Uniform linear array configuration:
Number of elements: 4
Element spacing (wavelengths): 0.75
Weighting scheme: uniform
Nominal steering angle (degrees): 0
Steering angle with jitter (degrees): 1.545
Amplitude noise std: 0.05
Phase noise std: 0.05

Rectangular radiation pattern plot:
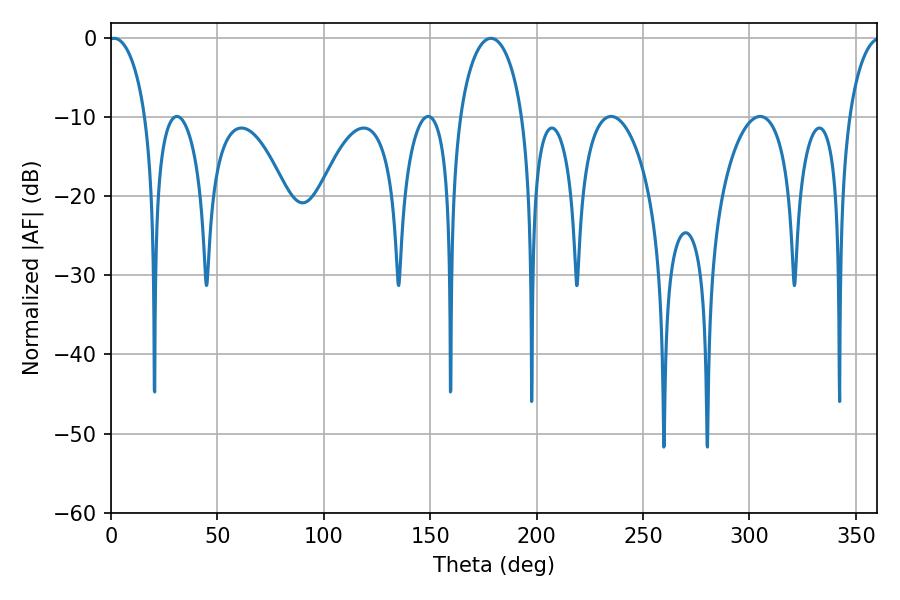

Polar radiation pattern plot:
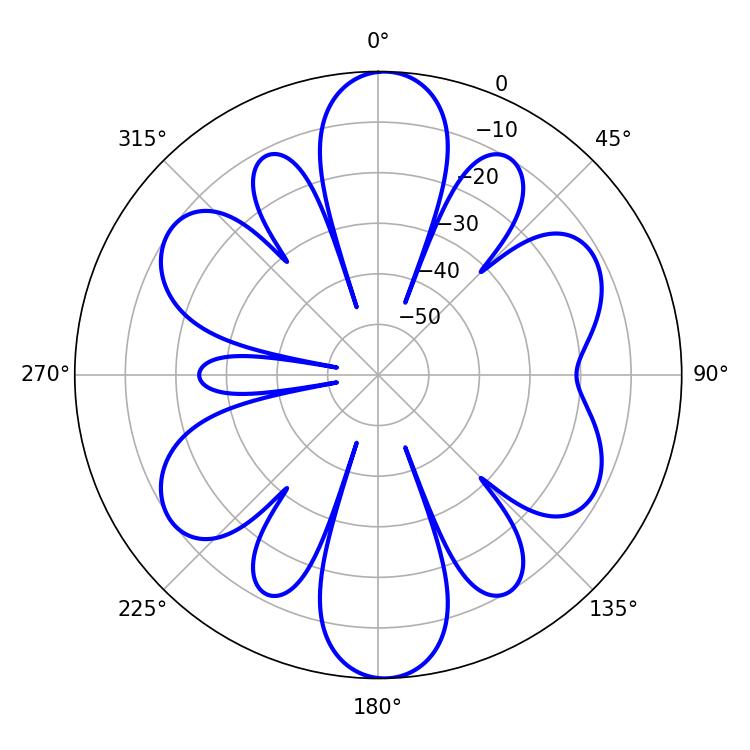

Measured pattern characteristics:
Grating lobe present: TRUE
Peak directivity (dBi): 19.962
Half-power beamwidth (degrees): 9.9
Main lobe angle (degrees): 1.44